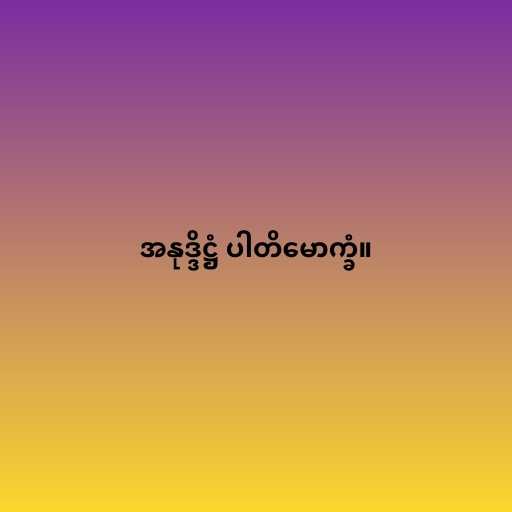
အနုဒ္ဒိဋ္ဌံ ပါတိမောက္ခံ။